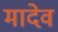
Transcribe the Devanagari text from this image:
मादेव